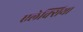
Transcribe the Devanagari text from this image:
एलेक्सिया